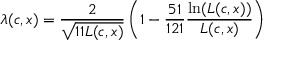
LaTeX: \lambda ( c , x ) = { \frac { 2 } { \sqrt { 1 1 L ( c , x ) } } } \left( 1 - { \frac { 5 1 } { 1 2 1 } } { \frac { \ln ( L ( c , x ) ) } { L ( c , x ) } } \right)